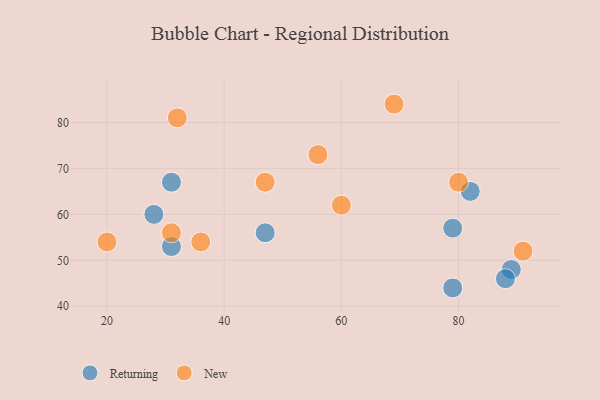
{"axis": {"x": "GDP", "y": "Life Expectancy"}, "legend": ["New", "Returning"], "data": [{"x": "47", "y": 56, "type": "Returning"}, {"x": "79", "y": 57, "type": "Returning"}, {"x": "89", "y": 48, "type": "Returning"}, {"x": "31", "y": 67, "type": "Returning"}, {"x": "79", "y": 44, "type": "Returning"}, {"x": "82", "y": 65, "type": "Returning"}, {"x": "28", "y": 60, "type": "Returning"}, {"x": "88", "y": 46, "type": "Returning"}, {"x": "31", "y": 53, "type": "Returning"}, {"x": "20", "y": 54, "type": "New"}, {"x": "31", "y": 56, "type": "New"}, {"x": "91", "y": 52, "type": "New"}, {"x": "47", "y": 67, "type": "New"}, {"x": "36", "y": 54, "type": "New"}, {"x": "69", "y": 84, "type": "New"}, {"x": "32", "y": 81, "type": "New"}, {"x": "56", "y": 73, "type": "New"}, {"x": "80", "y": 67, "type": "New"}, {"x": "60", "y": 62, "type": "New"}]}